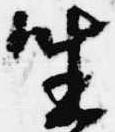
坐